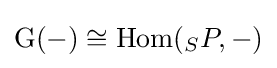
\operatorname {G} (-)\cong \operatorname {Hom} (_{S}P,-)